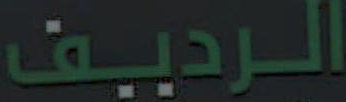
الرديف